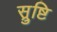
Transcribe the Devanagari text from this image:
स्रुष्टि